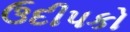
ઉદીપકો